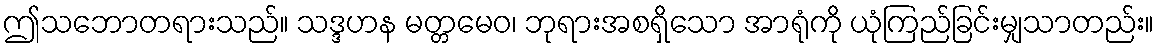
ဤသဘောတရားသည်။ သဒ္ဒဟန မတ္တမေဝ၊ ဘုရားအစရှိသော အာရုံကို ယုံကြည်ခြင်းမျှသာတည်း။